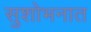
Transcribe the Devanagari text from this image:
सुशोभनात